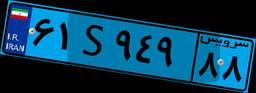
۶۱S۹۴۹۸۸